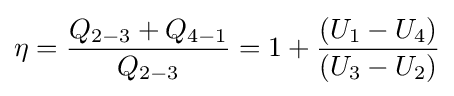
\eta ={\frac {Q_{2-3}+Q_{4-1}}{Q_{2-3}}}=1+{\frac {\left(U_{1}-U_{4}\right)}{\left(U_{3}-U_{2}\right)}}